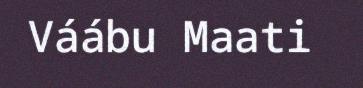
Váábu Maati